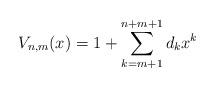
LaTeX: \begin{align*}V_{n,m}(x)=1+\sum_{k=m+1}^{n+m+1} d_k x^k\end{align*}